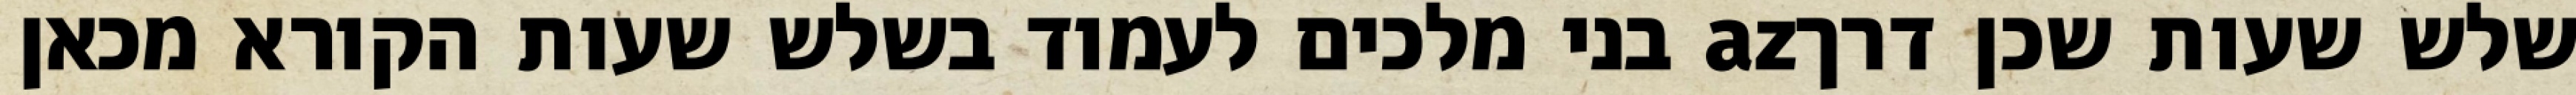
שלש שעות שכן דרךaz בני מלכים לעמוד בשלש שעות הקורא מכאן